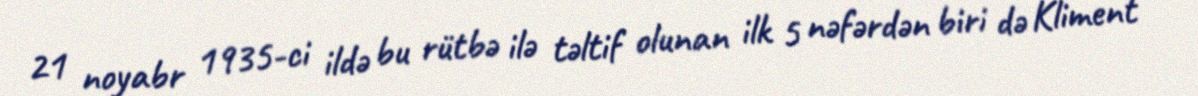
21 noyabr 1935-ci ildə bu rütbə ilə təltif olunan ilk 5 nəfərdən biri də Kliment